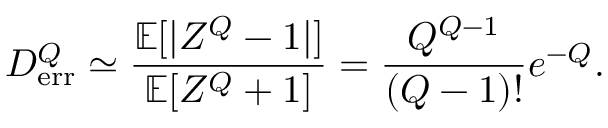
{ \cal D } _ { \mathrm { e r r } } ^ { Q } \simeq \frac { { \mathbb { E } } [ | Z ^ { Q } - 1 | ] } { { \mathbb { E } } [ Z ^ { Q } + 1 ] } = \frac { Q ^ { Q - 1 } } { ( Q - 1 ) ! } e ^ { - Q } .